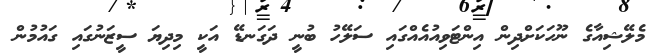
މެލޭޝިއާގެ ނޫހަކަށްދިން އިންޓަވިއުއެއްގައި ސަލޭހު ބުނީ ދަގަނޑޭ އަކީ މިދިޔަ ސީޒަނުގައި ގައުމުން